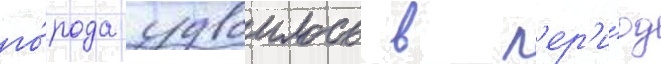
го́рода удвоилось в п'ер'и́од